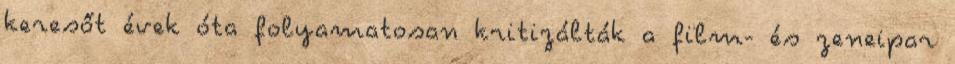
keresőt évek óta folyamatosan kritizálták a film- és zeneipar